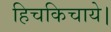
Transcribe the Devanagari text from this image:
हिचकिचाये।